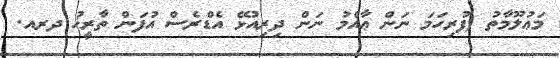
މަޢުލޫމާތު (ފުރިހަމަ ނަން ޢާއްމު ނަން ދިރިއުޅޭ އެޑްރެސް އުފަން ތާރީޚު ދރއ.